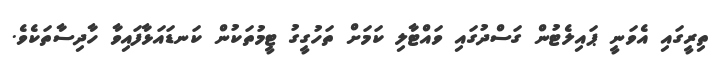
ތިރީގައި އެވަނީ ޕައިލެޓުން ގަސްދުގައި ވައްޓާލި ކަމަށް ތަހުގީގު ޓީމުތަކުން ކަނޑައަޅާފައިވާ ހާދިސާތަކެވެ.